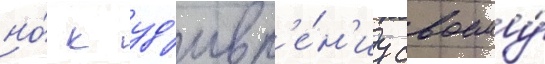
но́ к уд'ивл'е́н'иу своему́